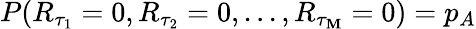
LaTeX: P(R_{\tau_{1}}=0,R_{\tau_{2}}=0,...,R_{\tau_{\mathbf{M}}}=0)=p_{A}